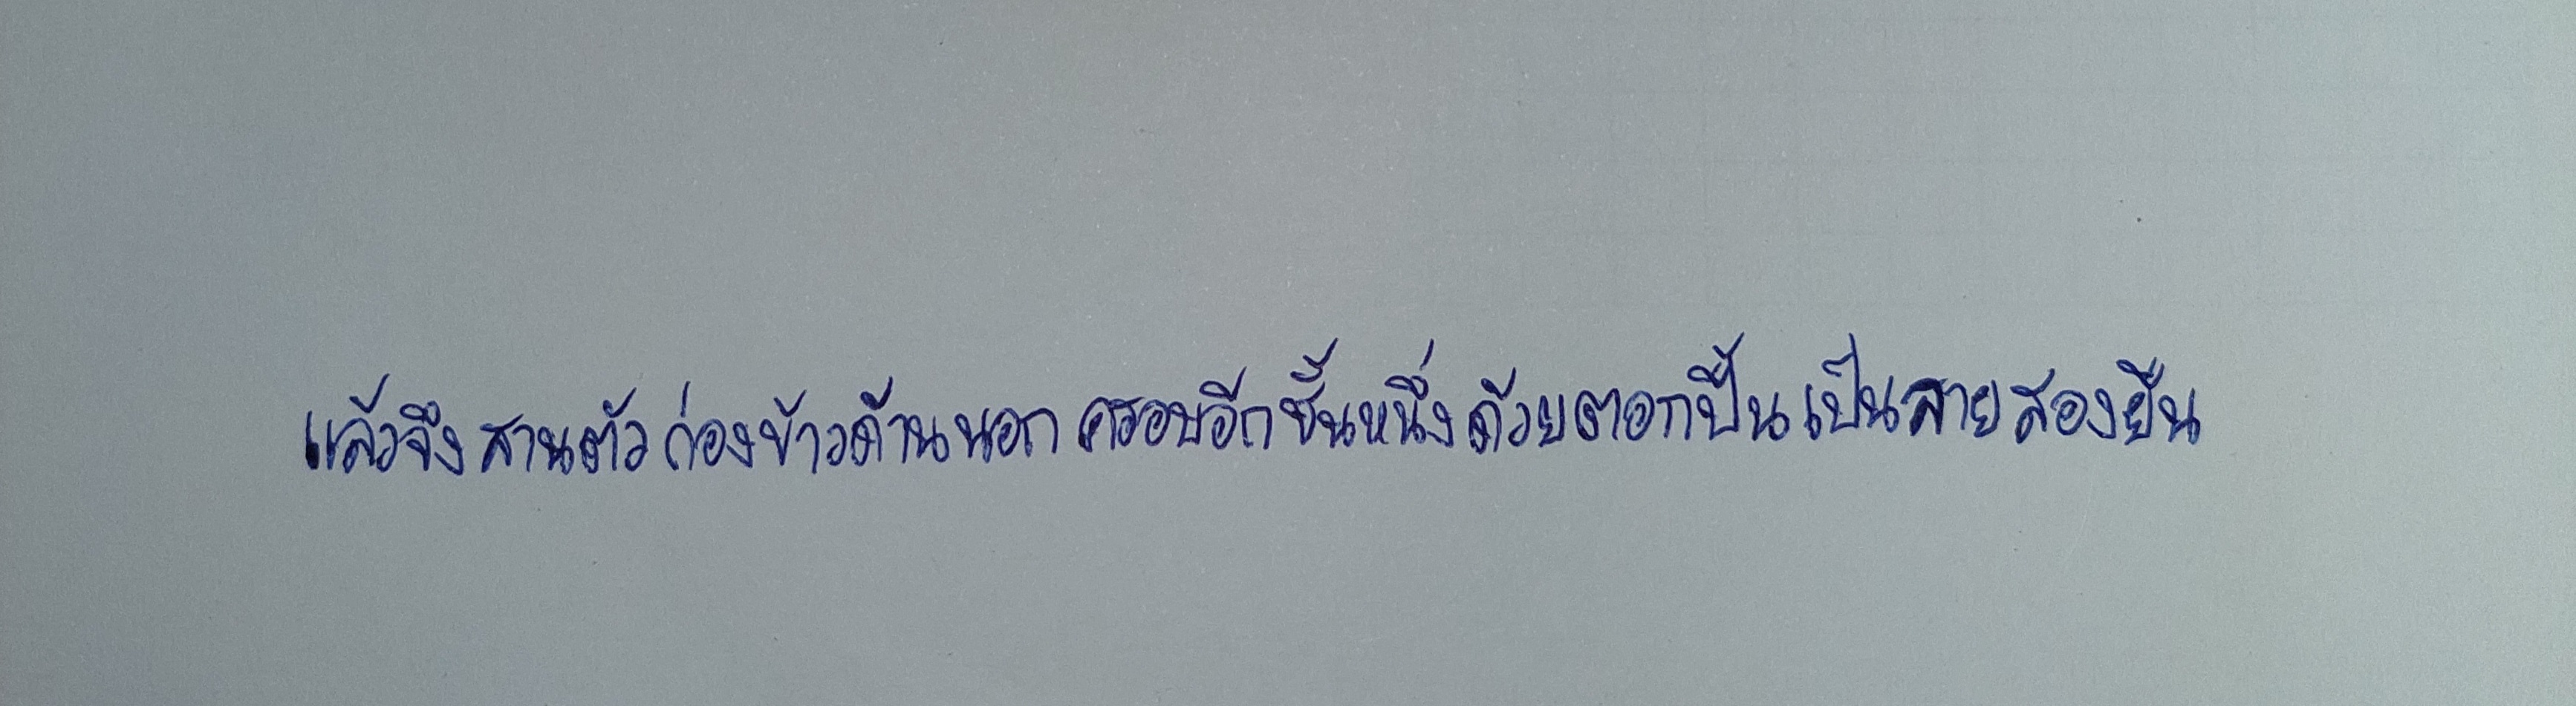
แล้วจึงสานตัวก่องข้าวด้านนอกครอบอีกชั้นหนึ่งด้วยตอกปื้นเป็นลายสองยืน